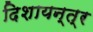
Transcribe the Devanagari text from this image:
दिशायन्त्र